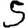
Digit: 5